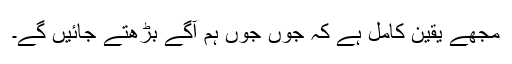
مجھے یقین کامل ہے کہ جوں جوں ہم آگے بڑھتے جائیں گے۔